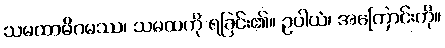
သမထာဓိဂမဿ၊ သမထကို ရခြင်း၏။ ဥပါယံ၊ အကြောင်းကို။